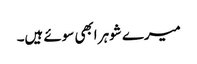
میرے شوہر ابھی سوئے ہیں۔